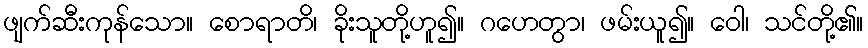
ဖျက်ဆီးကုန်သော။ စောရာတိ၊ ခိုးသူတို့ဟူ၍။ ဂဟေတွာ၊ ဖမ်းယူ၍။ ဝေါ၊ သင်တို့၏။